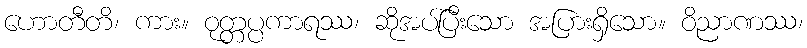
ဟောတီတိ၊ ကား။ ဝုတ္တပ္ပကာရဿ၊ ဆိုအပ်ပြီးသော အပြားရှိသော။ ဝိညာဏဿ၊